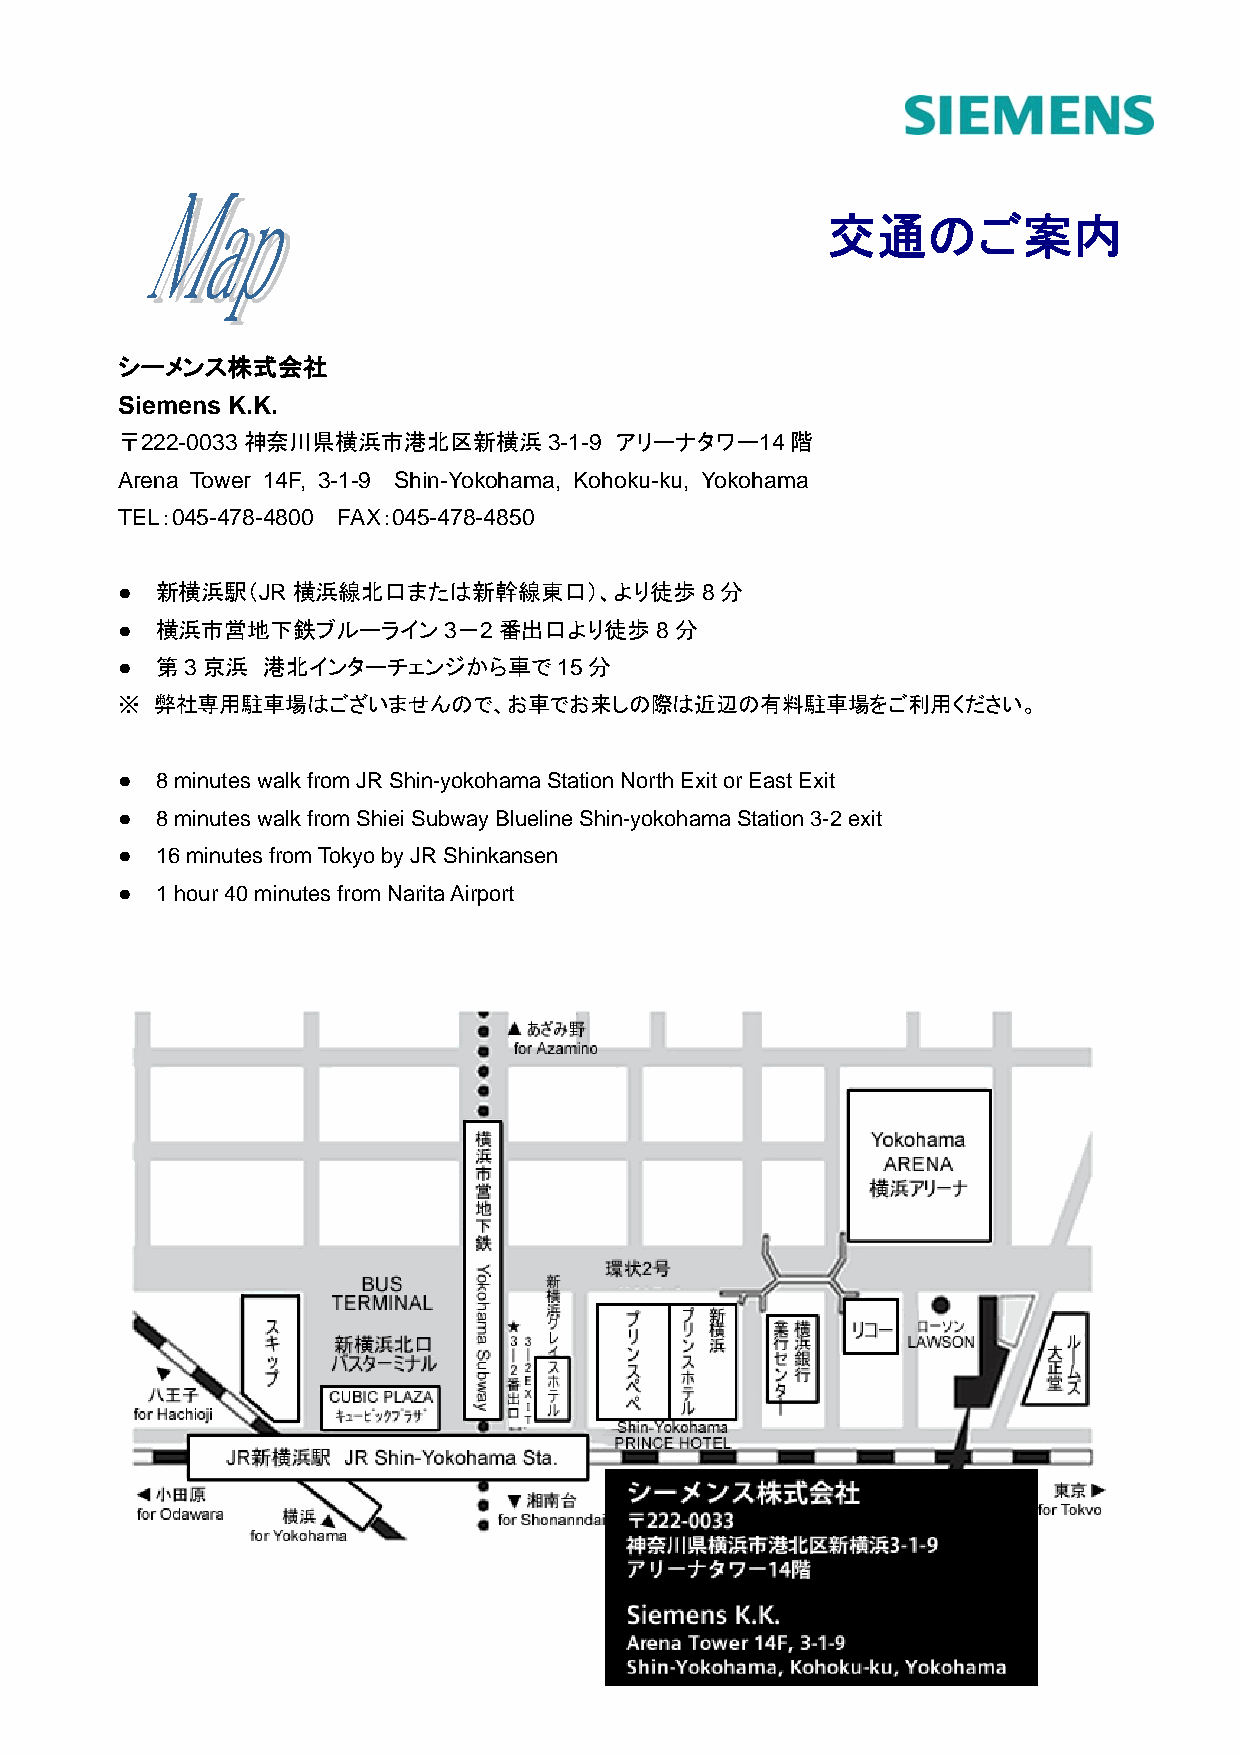
交通のご案内
 シーメンス株式会社
 Siemens K.K.
 〒222-0033神奈川県横浜市港北区新横浜3-1-9      アリーナタワー14階
 Arena Tower 14F, 3-1-9 Shin-Yokohama, Kohoku-ku, Yokohama
 TEL：045-478-4800 FAX：045-478-4850
 ● 新横浜駅（JR横浜線北口または新幹線東口）、より徒歩8分
 ● 横浜市営地下鉄ブルーライン3－2番出口より徒歩8分
 ● 第3京浜   港北インターチェンジから車で15分
 ※ 弊社専用駐車場はございませんので、お車でお来しの際は近辺の有料駐車場をご利用ください。
 ● 8 minutes walk from JR Shin-yokohama Station North Exit or East Exit
 ● 8 minutes walk from Shiei Subway Blueline Shin-yokohama Station 3-2 exit
 ● 16 minutes from Tokyo by JR Shinkansen
 ● 1 hour 40 minutes from Narita Airport